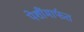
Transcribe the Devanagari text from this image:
पेशींमार्फत